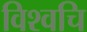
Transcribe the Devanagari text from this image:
विश्वचि